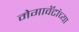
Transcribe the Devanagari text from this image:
मेगावॅटांच्या